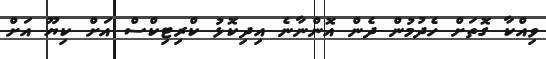
ވިއްކާ ގޮތަށް ހެދުމުން ދެން އޮންނާނެ އިދިކޮޅު ކްރިޓިކްސް އަށް ކިޔޫ އަށް